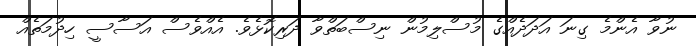
ނުވާ އެންމެ ގިނަ އަދަދެއްގެ މުސްލިމުން ނިސްބަތްވާ ދަރިކޮޅެވެ. އެއްވެސް އަސާސީ ހިދުމަތެއް